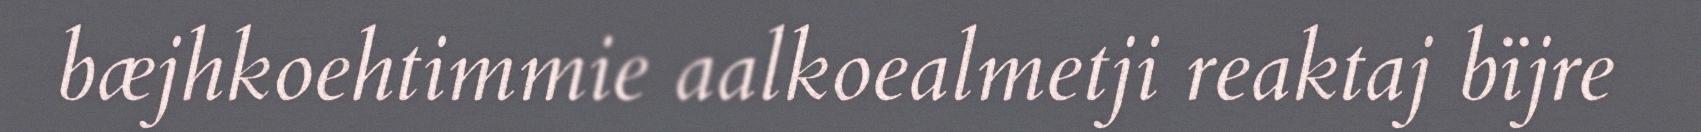
bæjhkoehtimmie aalkoealmetji reaktaj bïjre